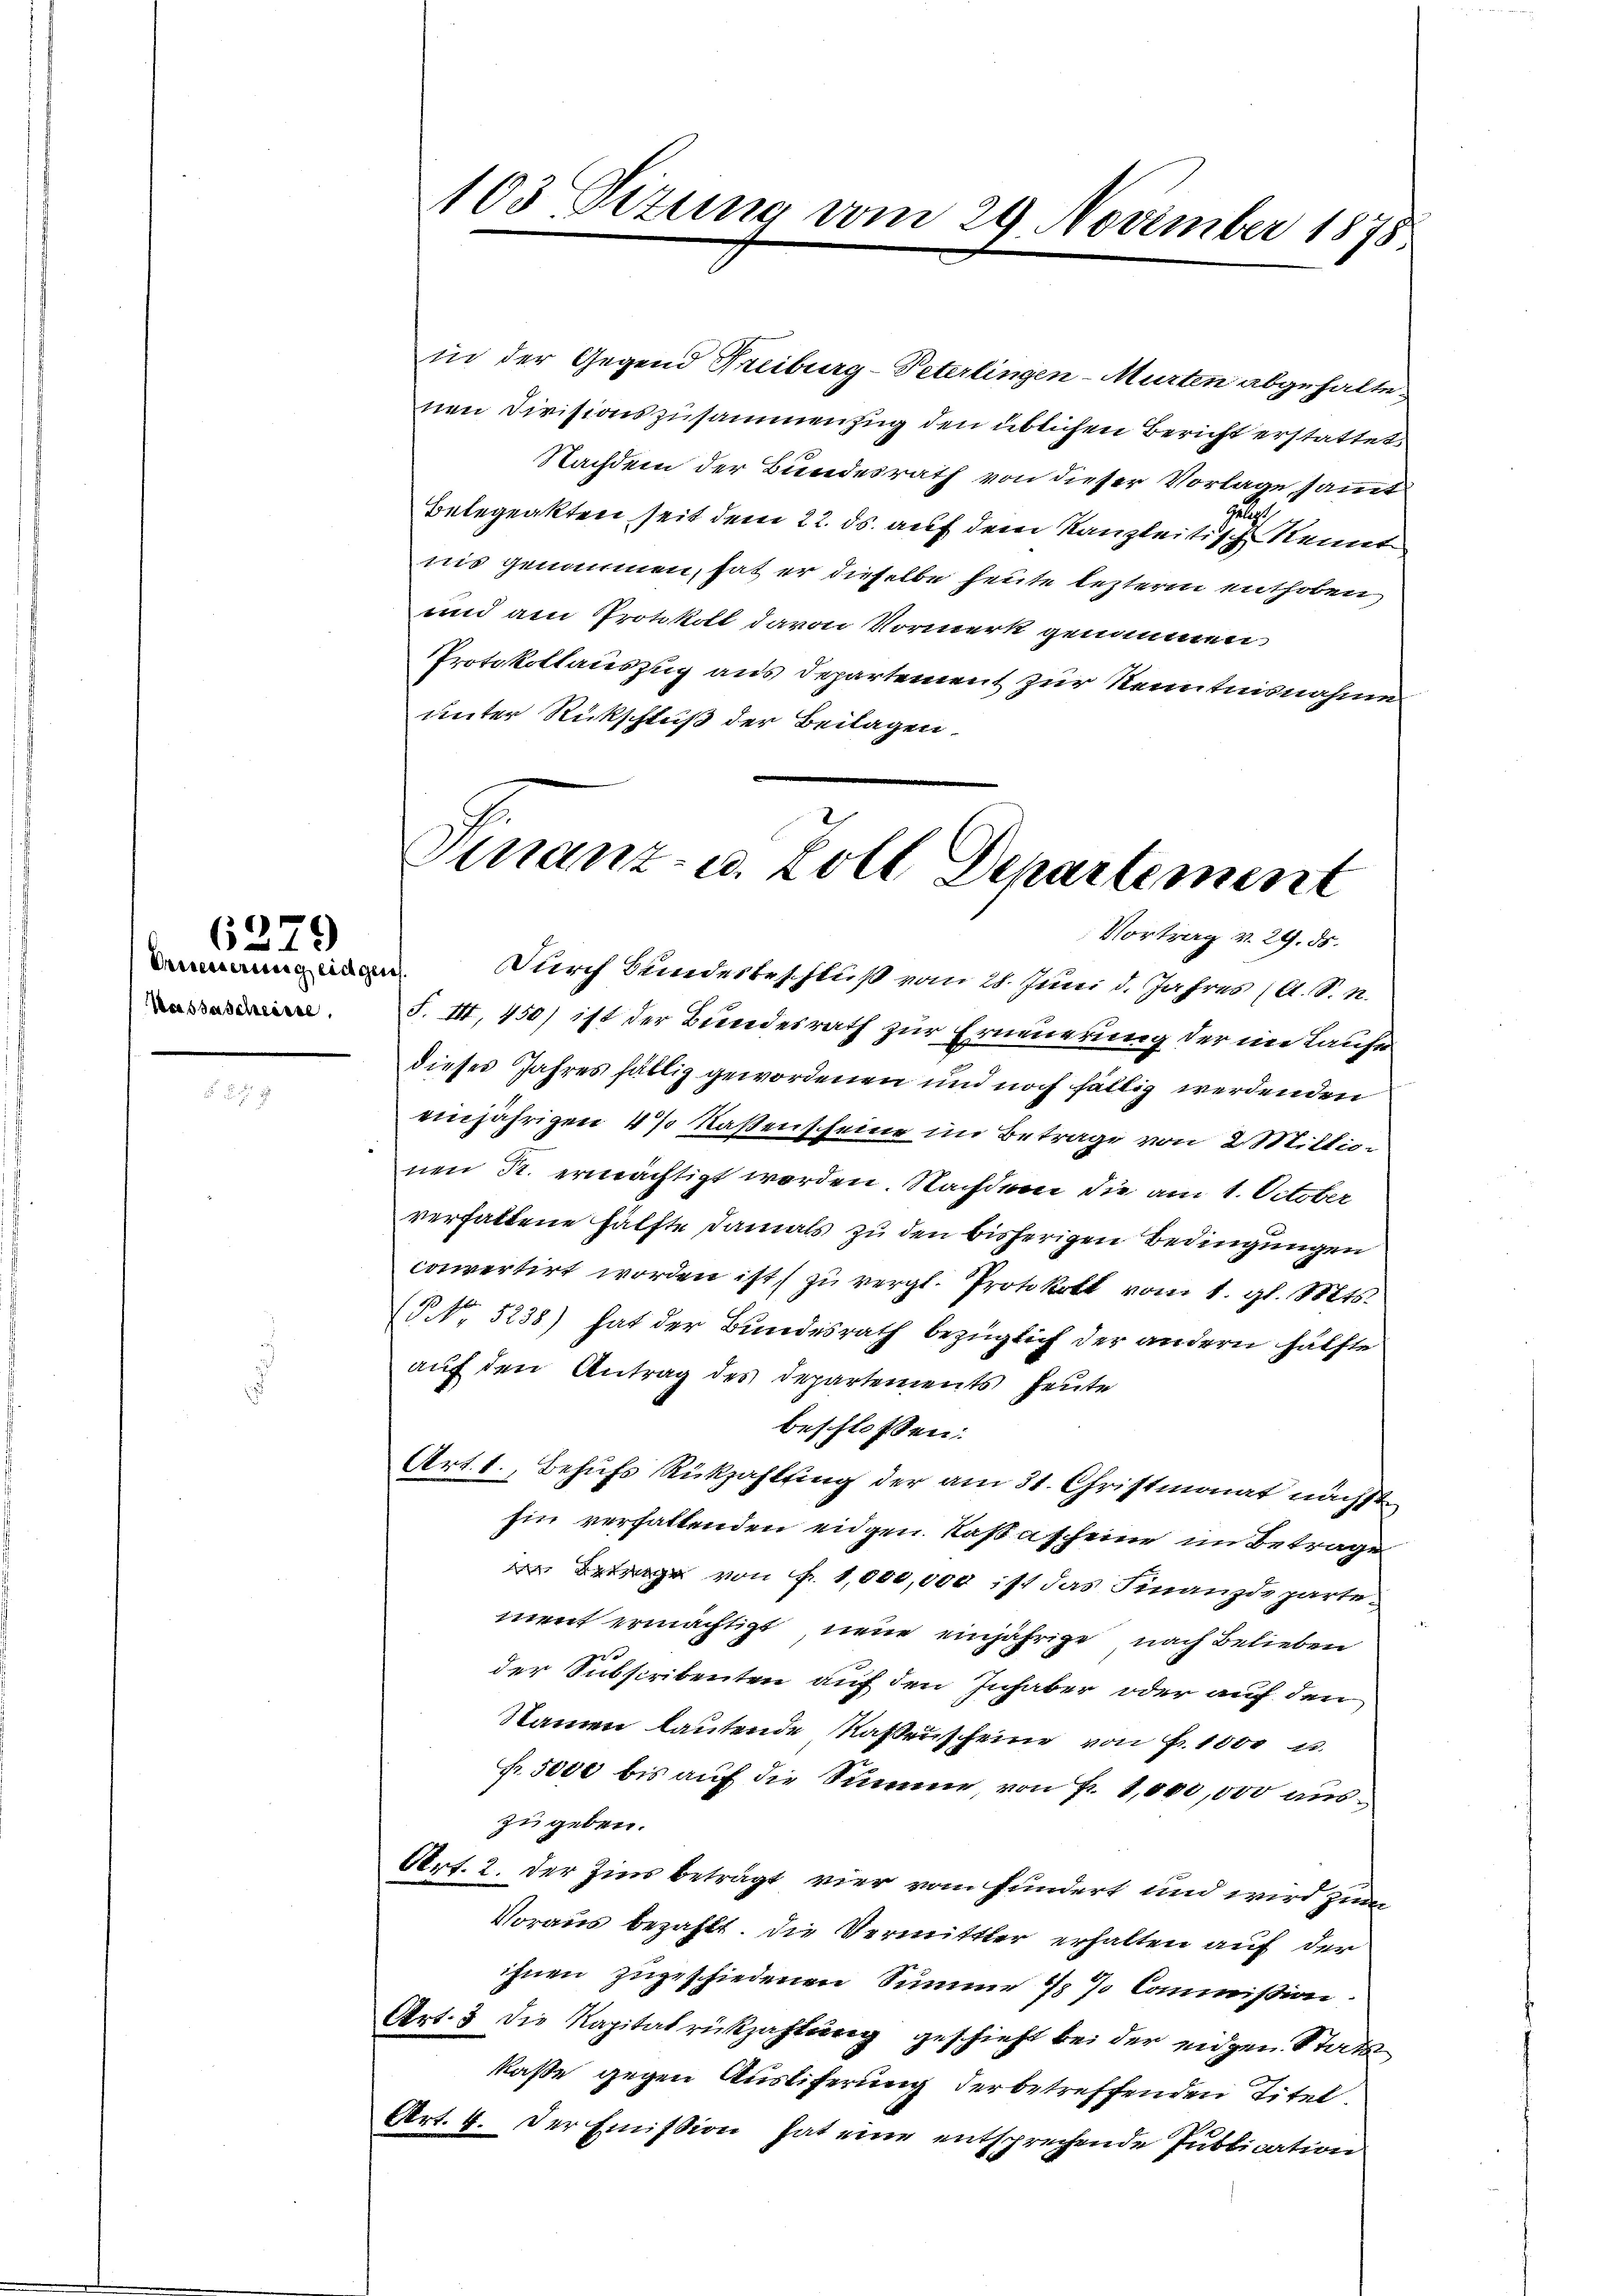
Erneuerung eidgen.
Hassascheisse.

6379

in der Gegend Freiburg-Peterlingen-Murten abgehaltenen Divisionszusammenzug den üblichen Bericht erstattet
Nachdem der Bundesrath von dieser Vorlage sammt
zu
Belegeakten seit dem 22. ds. auf dem Kanzleitisch kennt
nis genommen, hat er dieselbe heute lezteren enthoben
und am Protokoll davon Vormerk genommen.
Protokollauszug aus Departement zur Kenntnisnahme
unter Rückschluß der Beilagen.

103. Sizung vom 29 November 1878

Finanz- u. Zoll Departement
Vortrag v. 29. ds.

Durch Bundesbeschluß vom 28. Juni d. Jahres (A. S. n.
F. III 450) ist der Bundesrath zur Erneuerung der im Laufe
dieses Jahres fällig gewordenen und noch fällig werdenden
einjährigen 4 % Kaßenscheine im Betrage von 2 Millionen Fr. ermächtigt worden. Nachdem die am 1. October
verfallene Hälfte damals zu den bisherigen Bedingungen
convertirt worden ist zu vergl. Protokoll vom 1. gl. Mts.
(§ No 5238) hat der Bundesrath bezüglich der andern hälfte
auf den Antrag des Departements heute
beschlossen:
Art. 1. Behufs Rückzahlung der am 31. Christmonat nächst
hin verfallenden eidgen. Kasascheine im Betrage
 Betrage von f. 1,000,000 ist das Finanzdepartement ermächtigt neue einjährige nach Belieben
2
der Subscritenten auf den Inhaber oder auf den
Namen lautende Nasenscheine von Fr. 1000 u.
fr. 5000 bis auf die Summe von Fr. 1,000,000 auszu geben.
Art. 2. der Zins beträgt vier vom fundert und wird zum
Voraus bezahlt. Die Vermittler erhalten auf der
ihnen zugeschiedenen Summe 7 % Commission
Art. 3 die Kapitalrückzahlung geschieht bei der eidgen. Stats
kaße gegen Äustiferung der betreffenden Titel.
Art. 7. Der Emission hat eine entsprechende Publication